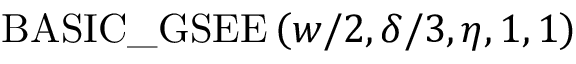
\mathrm { B A S I C \_ G S E E } \left( w / 2 , \delta / 3 , \eta , 1 , 1 \right)